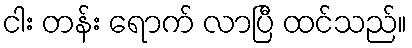
ငါး တန်း ရောက် လာပြီ ထင်သည်။